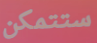
ستتمكن